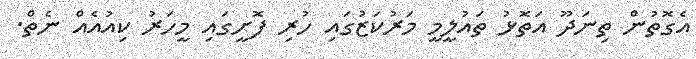
އެގޮތުން ތިނަދޫ އަތޮޅު ތައުލީމީ މަރުކަޒުގައި ހުރި ފޮށީގައި މީހަރު ކިއުއެއް ނެތް.